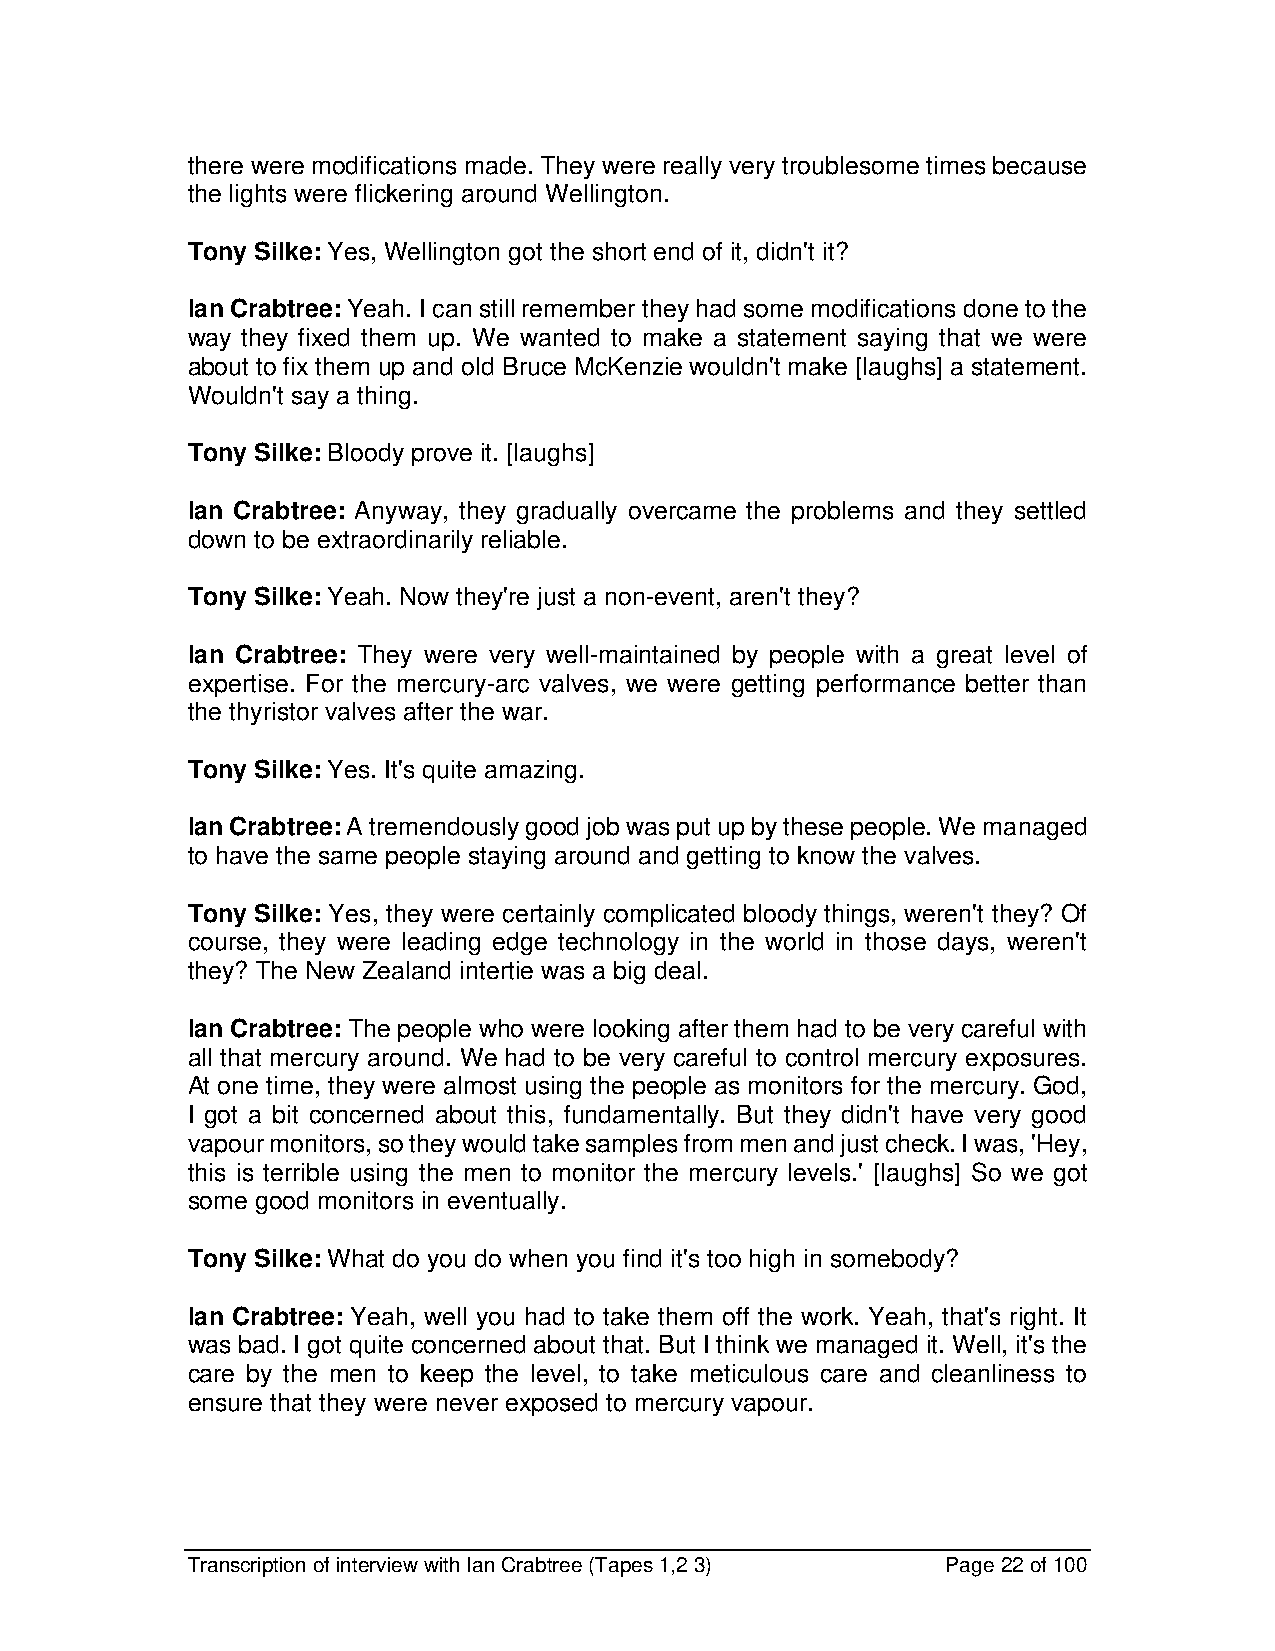
there were modifications made. They were really very troublesome times because
 the lights were flickering around Wellington.
 Tony Silke: Yes, Wellington got the short end of it, didn't it?
 Ian Crabtree: Yeah. I can still remember they had some modifications done to the
 way they fixed them up. We wanted to make a statement saying that we were
 about to fix them up and old Bruce McKenzie wouldn't make [laughs] a statement.
 Wouldn't say a thing.
 Tony Silke: Bloody prove it. [laughs]
 Ian Crabtree: Anyway, they gradually overcame the problems and they settled
 down to be extraordinarily reliable.
 Tony Silke: Yeah. Now they're just a non-event, aren't they?
 Ian Crabtree: They were very well-maintained by people with a great level of
 expertise. For the mercury-arc valves, we were getting performance better than
 the thyristor valves after the war.
 Tony Silke: Yes. It's quite amazing.
 Ian Crabtree: A tremendously good job was put up by these people. We managed
 to have the same people staying around and getting to know the valves.
 Tony Silke: Yes, they were certainly complicated bloody things, weren't they? Of
 course, they were leading edge technology in the world in those days, weren't
 they? The New Zealand intertie was a big deal.
 Ian Crabtree: The people who were looking after them had to be very careful with
 all that mercury around. We had to be very careful to control mercury exposures.
 At one time, they were almost using the people as monitors for the mercury. God,
 I got a bit concerned about this, fundamentally. But they didn't have very good
 vapour monitors, so they would take samples from men and just check. I was, 'Hey,
 this is terrible using the men to monitor the mercury levels.' [laughs] So we got
 some good monitors in eventually.
 Tony Silke: What do you do when you find it's too high in somebody?
 Ian Crabtree: Yeah, well you had to take them off the work. Yeah, that's right. It
 was bad. I got quite concerned about that. But I think we managed it. Well, it's the
 care by the men to keep the level, to take meticulous care and cleanliness to
 ensure that they were never exposed to mercury vapour.
 Transcription of interview with Ian Crabtree (Tapes 1,2 3) Page 22 of 100